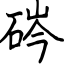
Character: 硶